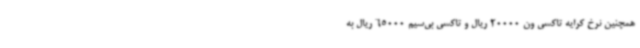
همچنین نرخ کرایه تاکسی ون 20000 ریال و تاکسی بی‌سیم 65000 ریال به